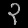
Digit: ၃